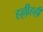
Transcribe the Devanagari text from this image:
हल्लीहल्ली